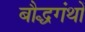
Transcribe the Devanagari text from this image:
बौद्धगंथों